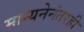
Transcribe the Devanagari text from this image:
मान्यनेनंतरही